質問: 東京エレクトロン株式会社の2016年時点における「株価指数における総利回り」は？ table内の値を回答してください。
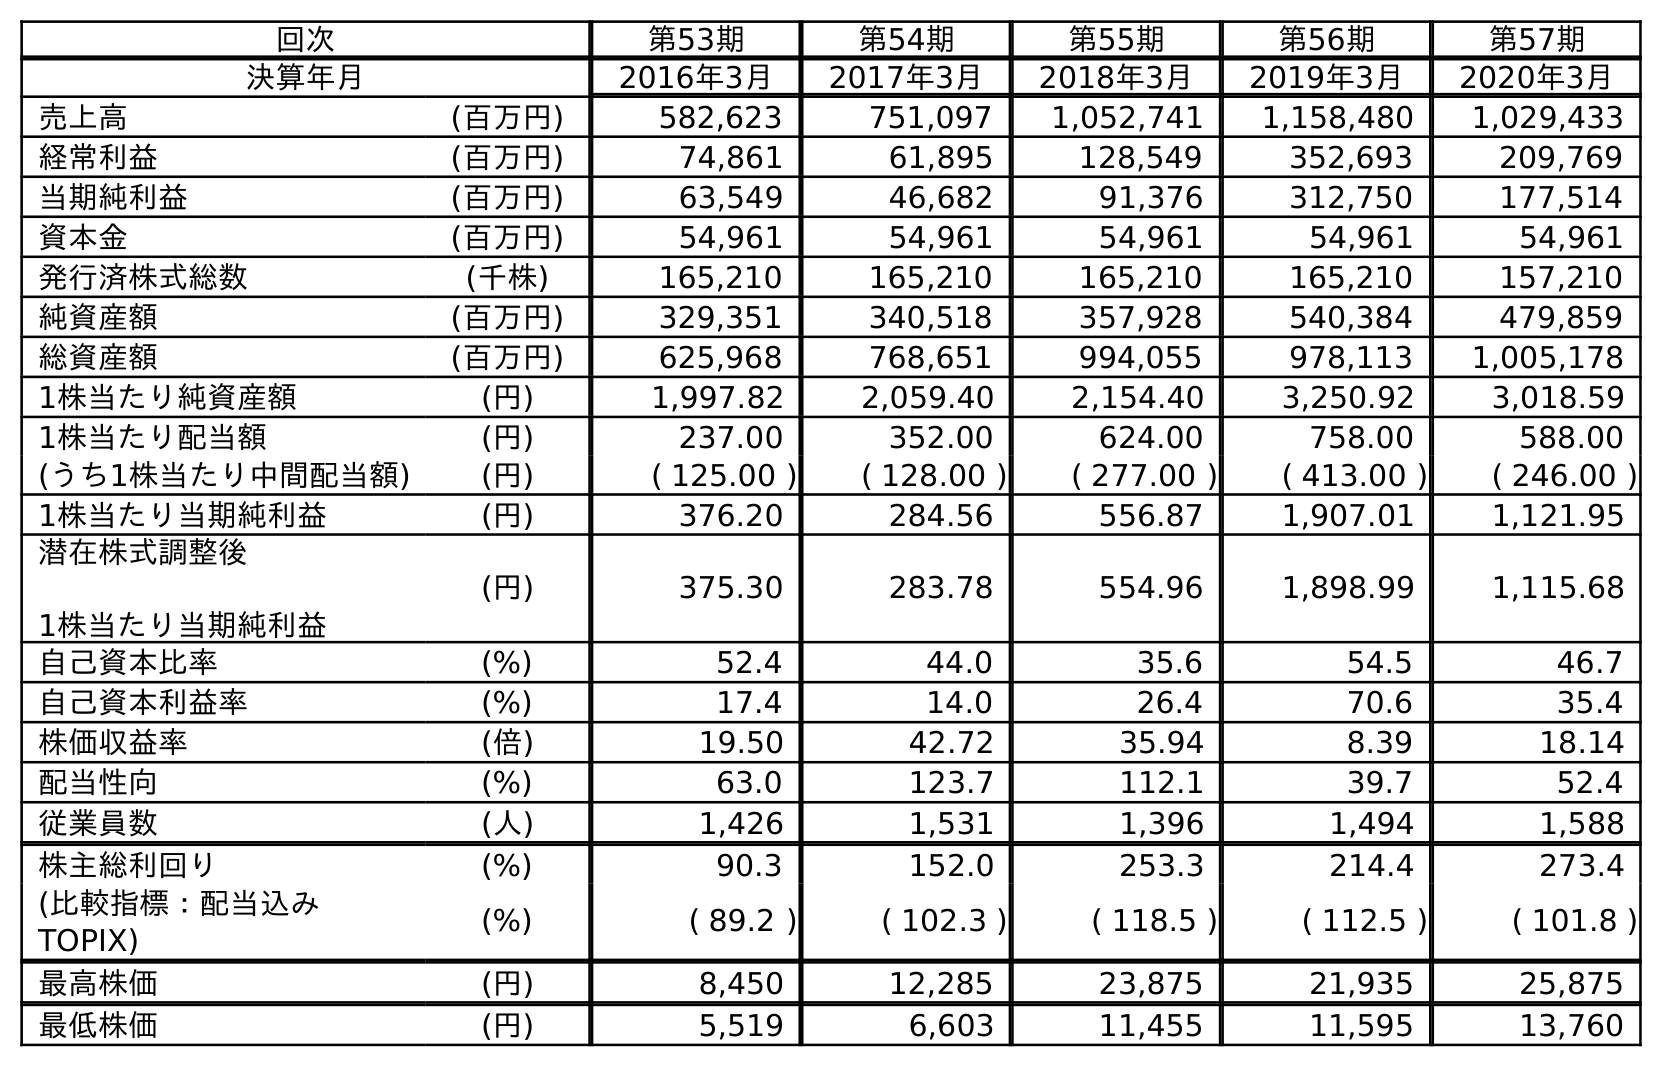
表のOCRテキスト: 回次 第53期 第54期 第55期 第56期 第57期 決算年月 2016年3月 2017年3月 2018年3月 2019年3月 2020年3月 売上高 (百万円) 582,623 751,097 1,052,741 1,158,480 1,029,433 経常利益 (百万円) 74,861 61,895 128,549 352,693 209,769 当期純利益 (百万円) 63,549 46,682 91,376 312,750 177,514 資本金 (百万円) 54,961 54,961 54,961 54,961 54,961 発行済株式総数 (千株) 165,210 165,210 165,210 165,210 157,210 純資産額 (百万円) 329,351 340,518 357,928 540,384 479,859 総資産額 (百万円) 625,968 768,651 994,055 978,113 1,005,178 1株当たり純資産額 (円) 1,997.82 2,059.40 2,154.40 3,250.92 3,018.59 1株当たり配当額 (円) 237.00 352.00 624.00 758.00 588.00 (うち1株当たり中間配当額) (円) ( 125.00 ) ( 128.00 ) ( 277.00 ) ( 413.00 ) ( 246.00 ) 1株当たり当期純利益 (円) 376.20 284.56 556.87 1,907.01 1,121.95 潜在株式調整後 1株当たり当期純利益 (円) 375.30 283.78 554.96 1,898.99 1,115.68 自己資本比率 (%) 52.4 44.0 35.6 54.5 46.7 自己資本利益率 (%) 17.4 14.0 26.4 70.6 35.4 株価収益率 (倍) 19.50 42.72 35.94 8.39 18.14 配当性向 (%) 63.0 123.7 112.1 39.7 52.4 従業員数 (人) 1,426 1,531 1,396 1,494 1,588 株主総利回り (%) 90.3 152.0 253.3 214.4 273.4 (比較指標：配当込み TOPIX) (%) ( 89.2 ) ( 102.3 ) ( 118.5 ) ( 112.5 ) ( 101.8 ) 最高株価 (円) 8,450 12,285 23,875 21,935 25,875 最低株価 (円) 5,519 6,603 11,455 11,595 13,760
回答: (89.2)